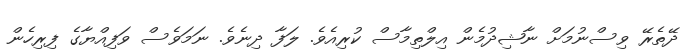
ދޭތެރޭ ވިސްނުމަށް ނާޝިދުމެން އިލްތިމާސް ކުރިއެވެ. ލަފާ ދިނެވެ. ނަމަވެސް ވަފިއްޔާގެ ފިރިހެން